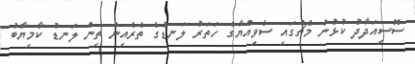
ސޮސިއަދާދު ކުޅުނު މެޗްގައި ސެވިއްޔާގެ ހަތަރު ލަނޑުގެ ތެރެއިން ތިން ލަނޑު ކާމިޔާބު